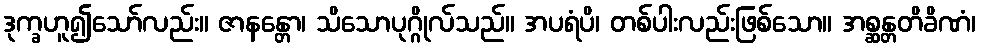
ဒုက္ခဟူ၍သော်လည်း။ ဇာနန္တော၊ သိသောပုဂ္ဂိုလ်သည်။ အပရံပိ၊ တစ်ပါးလည်းဖြစ်သော။ အစ္ဆန္တတိခိဏံ၊